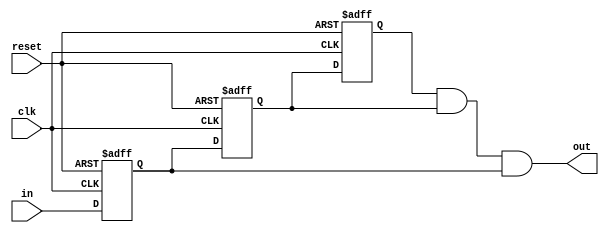
`timescale 1ns / 1ps
//////////////////////////////////////////////////////////////////////////////////
// Company: 
// Engineer: 
// 
// Design Name: 
// Module Name: debounce
// Project Name: 
// Target Devices: 
// Tool Versions: 
// Description: 
// 
// Dependencies: 
// 
// Revision:
// Revision 0.01 - File Created
// Additional Comments:
// 
//////////////////////////////////////////////////////////////////////////////////


module debounce(
    input clk,
    input in,
    input reset,
    output out
    );
    reg key_rrr,key_rr,key_r;
    
        always @(posedge clk or negedge reset)
            if(!reset)
                begin
                    key_rrr <=0;
                    key_rr <=0;
                    key_r <=0;
                end
            else
                begin
                    key_rrr <= key_rr;
                    key_rr <= key_r;
                    key_r <= in;
                end 
        assign out = key_rrr & key_rr & key_r;
endmodule